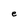
Character: e